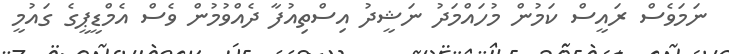
ނަމަވެސް ރައީސް ކަމުން މުހައްމަދު ނަޝީދު އިސްތިއުފާ ދެއްވުމުން ވެސް އެމްޑީޕީގެ ގައުމީ